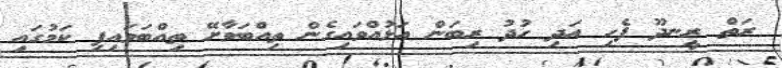
ރަތް ރީނދޫ ފެހި އަދި ހުދު ރިބަން އަޅުއްވައިގެން ތިއްބަވާށޭ ތިއްބަވައިފި ކަމުގައި